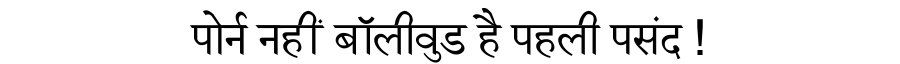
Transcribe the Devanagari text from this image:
पोर्न नहीं बॉलीवुड है पहली पसंद !